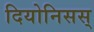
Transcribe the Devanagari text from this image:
दियोनिसस्